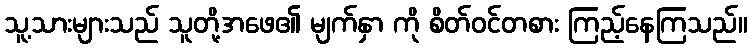
သူ့သားများသည် သူတို့အဖေ၏ မျက်နှာ ကို စိတ်ဝင်တစား ကြည့်နေကြသည်။